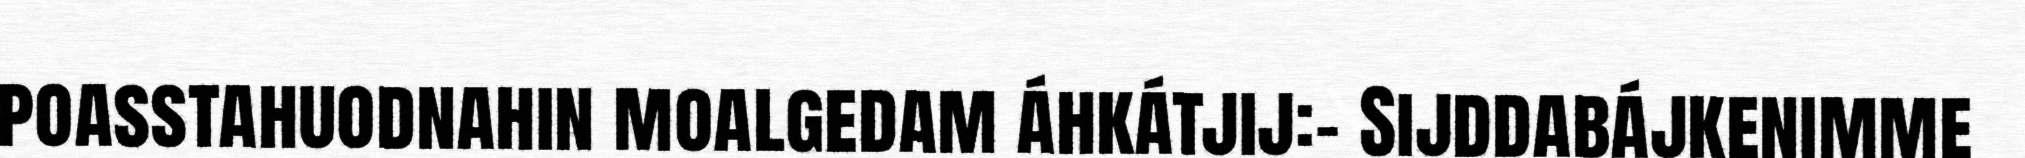
poasstahuodnahin moalgedam áhkátjij:– Sijddabájkenimme